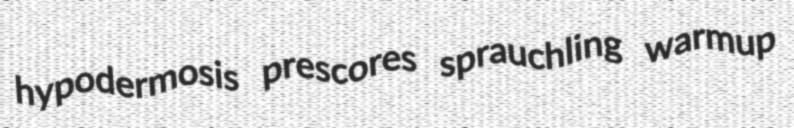
hypodermosis prescores sprauchling warmup